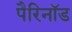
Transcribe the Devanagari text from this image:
पैरिनॉड